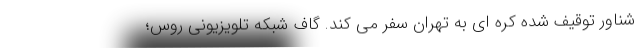
شناور توقیف شده کره ای به تهران سفر می کند. گاف شبکه تلویزیونی روس؛